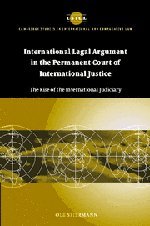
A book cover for International Legal Argument in the Permanent Court of International Justice: The Rise of the International Judiciary (Cambridge Studies in International and Comparative Law); Ole Spiermann; Law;